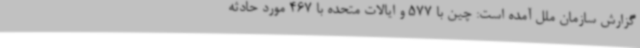
گزارش سازمان ملل آمده است: چین با 577 و ایالات متحده با 467 مورد حادثه